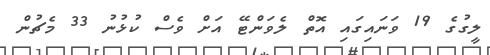
ލީގުގެ 19 ވަނައިގައި އޮތް ލެވަންޓޭ އަށް ވެސް ކުޅުނު 33 މެޗުން